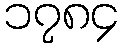
၁၇၈၄